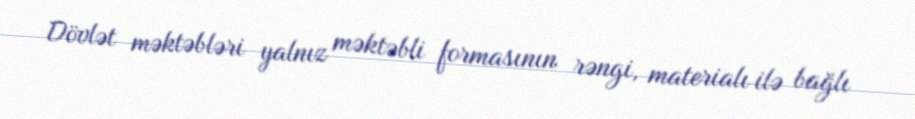
Dövlət məktəbləri yalnız məktəbli formasının rəngi, materialı ilə bağlı